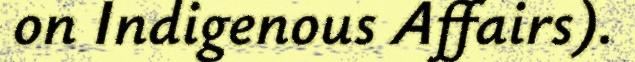
on Indigenous Affairs).